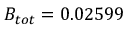
B _ { t o t } = 0 . 0 2 5 9 9